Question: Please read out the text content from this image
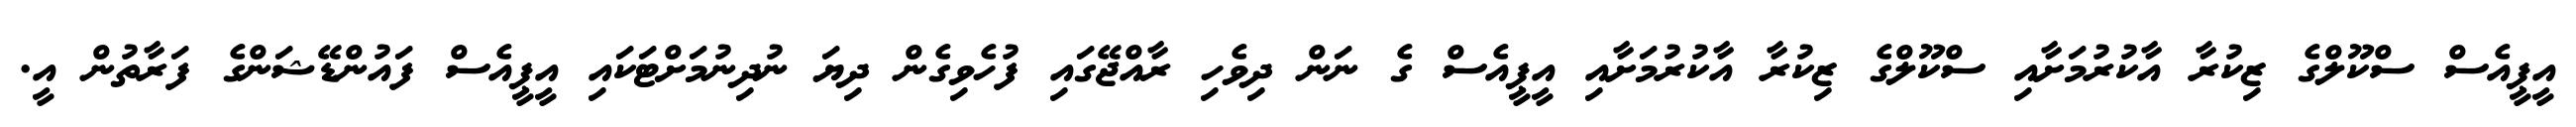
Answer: އީޕީއެސް ސްކޫލްގެ ޒިކުރާ އާކުރުމަށާއި ސްކޫލްގެ ޒިކުރާ އާކުރުމަށާއި އީޕީއެސް ގެ ނަން ދިވެހި ރާއްޖޭގައި ފުހެވިގެން ދިޔަ ނުދިނުމަށްޓަކައި އީޕީއެސް ފައުންޑޭޝަންގެ ފަރާތުން އީ.